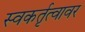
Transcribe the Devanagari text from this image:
स्वकर्तृत्वावर